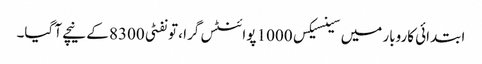
ابتدائی کاروبار میں سینسیکس 1000 پوائنٹس گرا ، تو نفٹی 8300 کے نیچے آ گیا۔